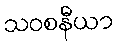
သဝစနီယာ